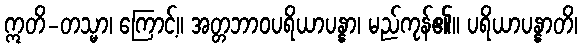
ဣတိ-တသ္မာ၊ ကြောင့်။ အတ္တဘာဝပရိယာပန္နာ၊ မည်ကုန်၏။ ပရိယာပန္နာတိ၊